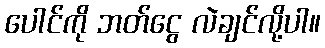
ပေါင်ကို ဘတ်ငွေ လဲချင်လို့ပါ။